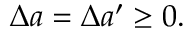
\Delta a = \Delta a ^ { \prime } \geq 0 .